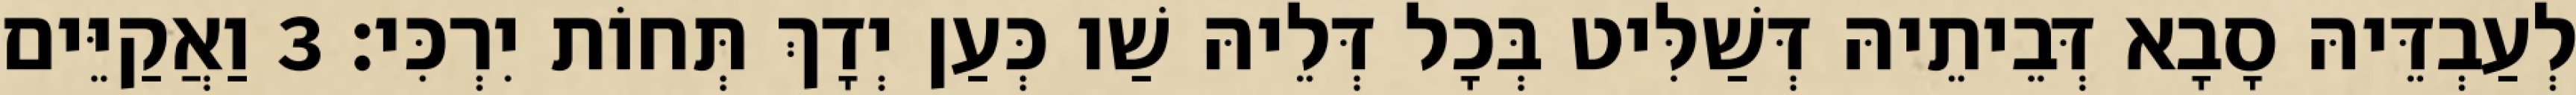
לְעַבְדֵּיהּ סָבָא דְּבֵיתֵיהּ דְּשַׁלִּיט בְּכָל דְּלֵיהּ שַׁו כְּעַן יְדָךְ תְּחוֹת יִרְכִּי׃ 3 וַאֲקַיֵּים